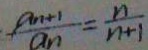
\frac { a _ { n + 1 } } { a _ { n } } = \frac { n } { n + 1 }